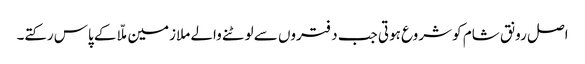
اصل رونق شام کو شروع ہوتی جب دفتروں سے لوٹنے والے ملازمین ملّا کے پاس رکتے۔